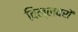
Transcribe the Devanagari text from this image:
विल्लवरों